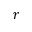
r